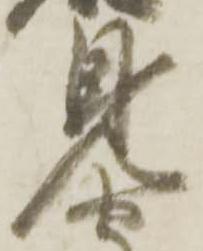
見